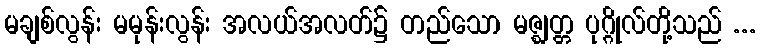
မချစ်လွန်း မမုန်းလွန်း အလယ်အလတ်၌ တည်သော မဇ္ဈတ္တ ပုဂ္ဂိုလ်တို့သည် ...